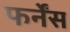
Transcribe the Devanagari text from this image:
फर्नेंस